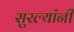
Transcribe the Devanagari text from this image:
सुरल्यांनी